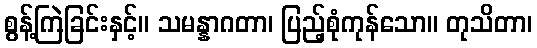
စွန့်ကြဲခြင်းနှင့်။ သမန္နာဂတာ၊ ပြည့်စုံကုန်သော။ တုသိတာ၊